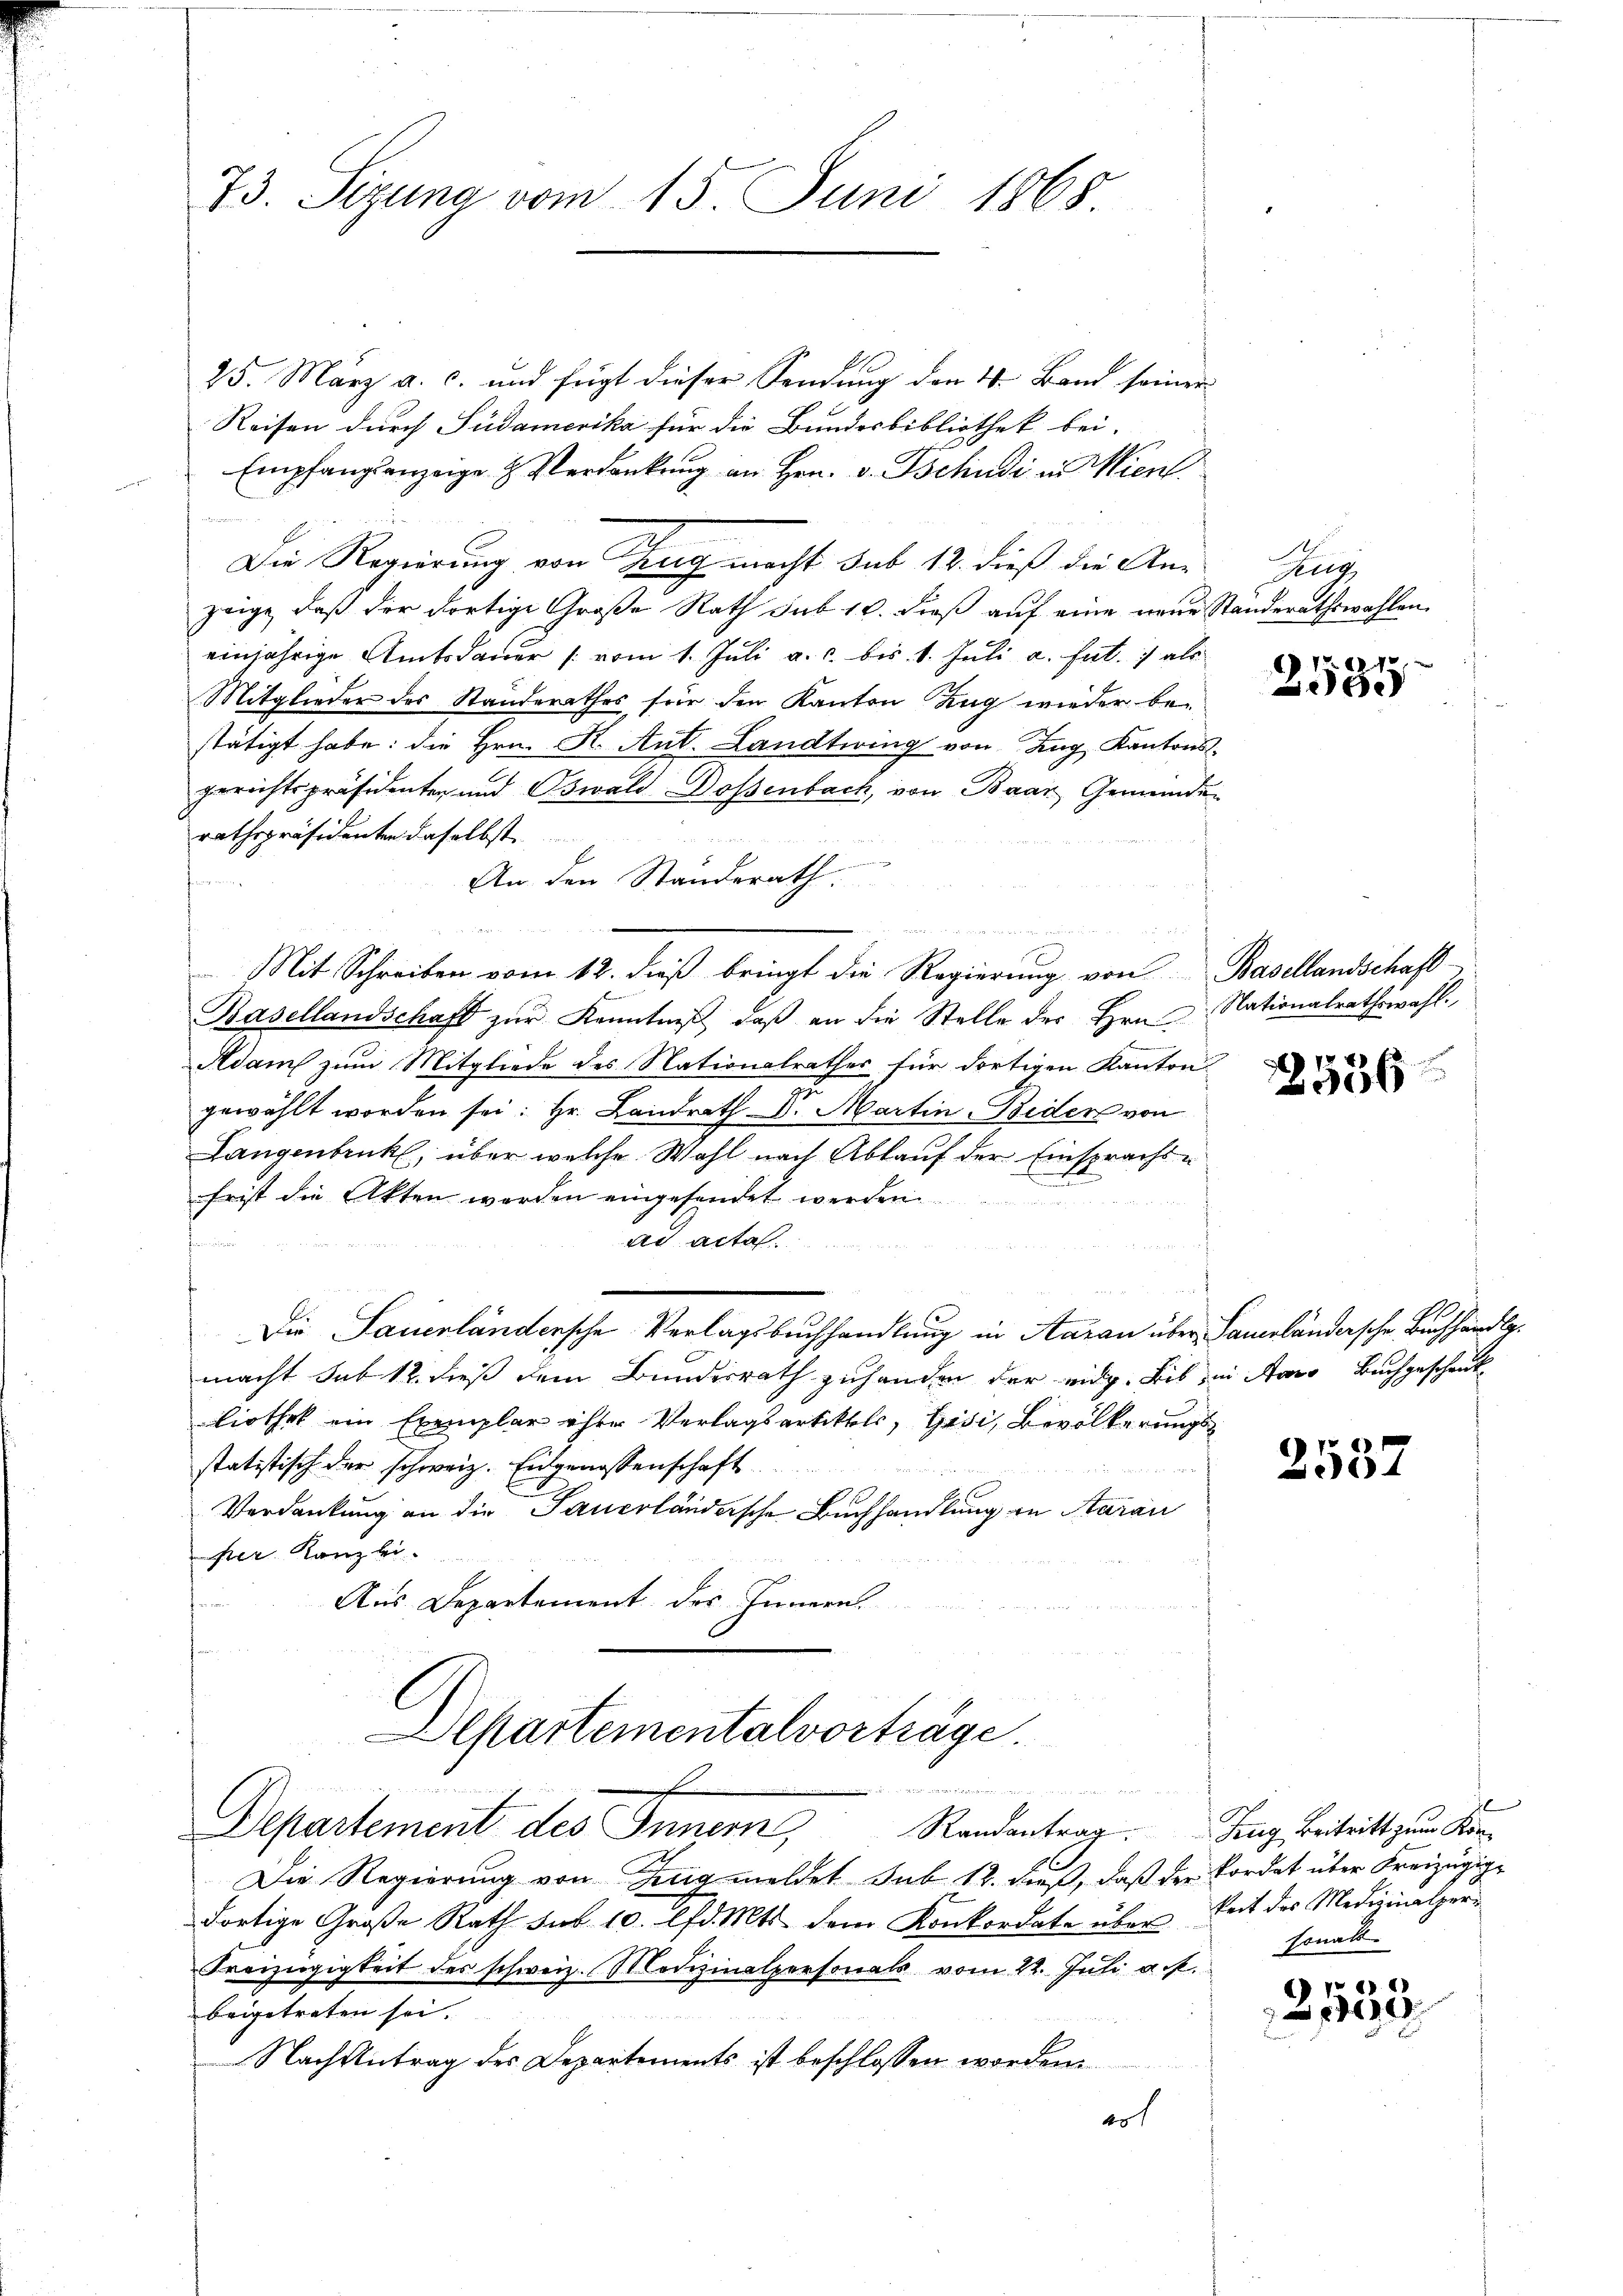
73. Sizung vom 15. Juni 1865

25. März a. c. und fügt dieser Sendung den 4. Band seiner
Reisen durch Südamerika für die Bundesbibliothek bei.
Empfangsanzeige & Verdankŭng an Hrn. v. Tschudi in Wien
e
G
Die Regierung von Zug macht sub 12. dieß die An-
zeige, daß der dortige Große Rath sub 10. dieß auf eine neue Standerathswahlen
einjährige Amtsdauer /: vom 1. Juli a. c. bis 1. Juli a. hat. 1 als
Mitglieder des Standerathes für den Kanton Zug wieder bestätigt habe: die Hrn. R. Ant. Landtwing von Zug, Kantons-
gerichtspräsidenten und Oswald Dossenbach, von Baar Gemeinderathspräsidenten daselbst

f

Basellandschaft zŭr Kenntniβ, daβ an die Stelle des Hrn. Nationalrathswahl.
Adam zum Mitgliede des Nationalrathes für dortigen Kanton
gewählt worden sei: Hr. Landrath Dr. Martin-Biders von
Langenbruck, über welche Wahl nach Ablauf der Einsprachsfrist die Akten werden eingesendet werden.
ad acta.
Die Sauerländersche Verlagsbruchhandlung in Aarau über Sameländersche Buchhändle.
macht sub 12 dieß dem Bundesrath zuhanden der eidg. Bis in Arro Buchgeschenk
liothek ein Exemplar ihrer Verlagsartikel, Gisi, Bevölkerungs
statistisch der schweiz. Eidgenossenschaft
Verdankung an die Sauerländersche Buchhandlung in Aarau
per Kanzlei-
Aus Departement des Innern.
Departementalvorträge.
 d i g seiner einen immen unangen Ant
Departement des Innern Randantrag. Zing, Beitritt zum Kon¬
Die Regierung von Zug meldet sub 12. dieß, daß der Fordet über Kreizügige
dortige Große Rath sub 10. lfd. Mts. dem Konkordate über Zeit des Medizinalper-
Freizügigkeit des schweiz. Modizinalpersonals vom 22. Juli a. p.
beigetreten sei.
Nachantrag des Departements ist beschlossen worden.
eot

An den Standerath.

n
Mit Schreiben vom 12. dieß bringt die Regierung von Basellandschaft

Zeug
f 42 x

2000

536

c
337

sonals.

Tre
 1090.